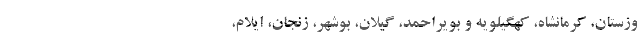
وزستان، کرمانشاه، کهگیلویه و بویراحمد، گیلان، بوشهر، زنجان، ایلام،